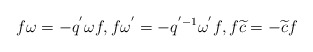
\begin{gather*}f\omega = - {q^{'}}\omega f, f{\omega ^{'}} = - {q^{' - 1}}{\omega ^{'}}f,f\widetilde{c} = - \widetilde{c}f\end{gather*}